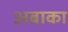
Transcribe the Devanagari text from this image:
अबाका